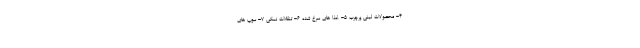
۴- محصولات لبنی پرچرب ۵- غذا های سرخ شده ۶- تنقلات نمکی ۷- سوپ های